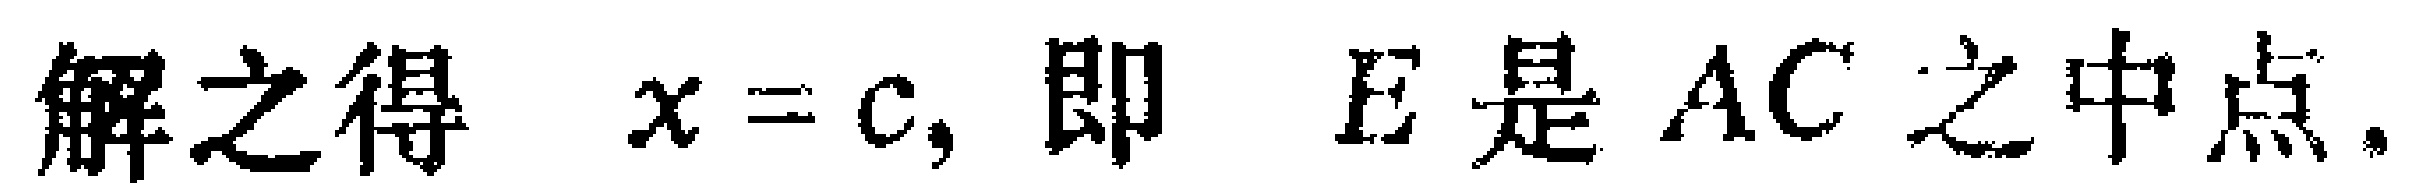
解之得 \(x = c,\) 即 \(E\) 是 \(AC\) 之中点.